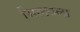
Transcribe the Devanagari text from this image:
मिलवला